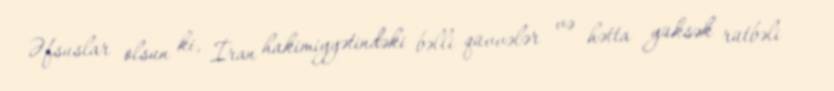
Əfsuslar olsun ki, İran hakimiyyətindəki bəlli qüvvələr və hətta yüksək rütbəli